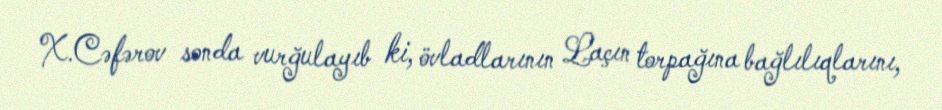
X.Cəfərov sonda vurğulayıb ki, övladlarının Laçın torpağına bağlılıqlarını,